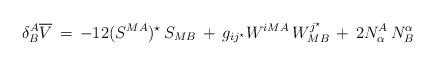
LaTeX: \begin{align*}\delta_B^A {\overline V} \,= \,-12(S^{MA})^\star \, S_{MB}\,+\,g_{ij^\star}W^{iMA}\,W_{MB}^{j^\star}\,+\,2N^A_\alpha \, N^\alpha_B\end{align*}